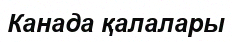
Канада қалалары